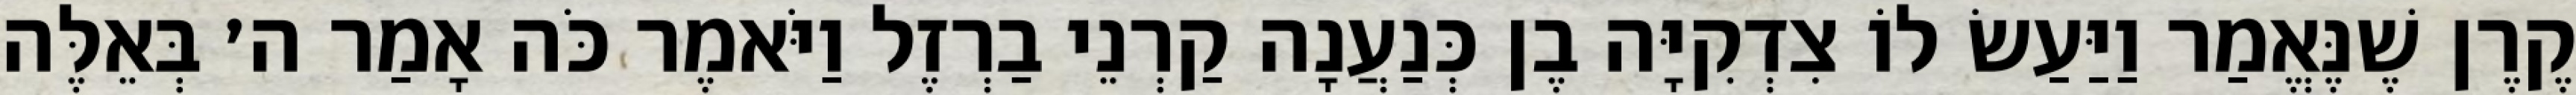
קֶרֶן שֶׁנֶּאֱמַר וַיַּעַשׂ לוֹ צִדְקִיָּה בֶן כְּנַעֲנָה קַרְנֵי בַרְזֶל וַיֹּאמֶר כֹּה אָמַר ה׳ בְּאֵלֶּה